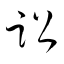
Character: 訟